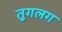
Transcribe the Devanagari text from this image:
तुगलग